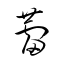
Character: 蕾